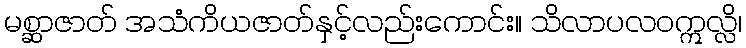
မစ္ဆာဇာတ် အသံကိယဇာတ်နှင့်လည်းကောင်း။ သိလာပလဝဣလ္လိ၊